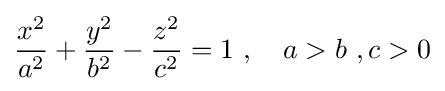
{\frac {x^{2}}{a^{2}}}+{\frac {y^{2}}{b^{2}}}-{\frac {z^{2}}{c^{2}}}=1\ ,\quad a>b\ ,c>0